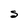
Character: S